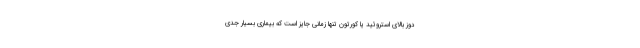
دوز بالای استروئید یا کورتون تنها زمانی جایز است که بیماری بسیار جدی